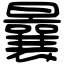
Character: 曩